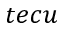
t e c u